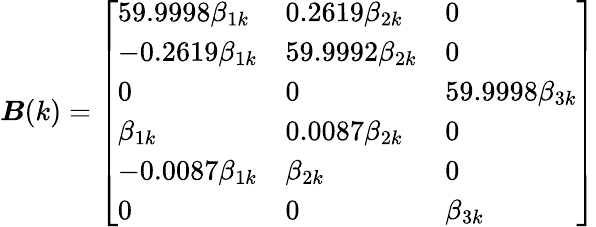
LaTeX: \boldsymbol{B}(k)=\left[\begin{array}{lll}{59.9998\beta_{1k}}&{0.2619\beta_{2k}}&{0}\\ {-0.2619\beta_{1k}}&{59.9992\beta_{2k}}&{0}\\ {0}&{0}&{59.9998\beta_{3k}}\\ {\beta_{1k}}&{0.0087\beta_{2k}}&{0}\\ {-0.0087\beta_{1k}}&{\beta_{2k}}&{0}\\ {0}&{0}&{\beta_{3k}}\end{array}\right]